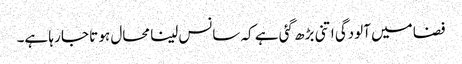
فضا میں آلودگی اتنی بڑھ گئی ہے کہ سانس لینا محال ہو تا جا رہا ہے۔